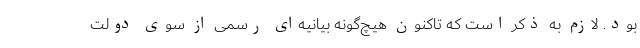
بود. لازم به ذکر است که تاکنون هیچ‌گونه بیانیه‌ای رسمی از سوی دولت